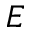
E